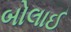
બોલાઈ